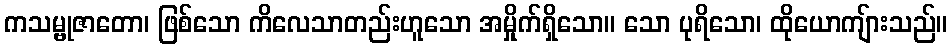
ကသမ္ဗုဇာတော၊ ဖြစ်သော ကိလေသာတည်းဟူသော အမှိုက်ရှိသော။ သော ပုရိသော၊ ထိုယောကျ်ားသည်။